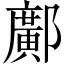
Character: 鄺